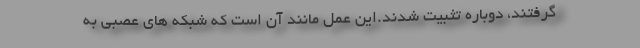
گرفتند، دوباره تثبیت شدند.این عمل مانند آن است که شبکه های عصبی به